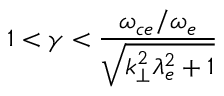
1 < \gamma < \frac { \omega _ { c e } / \omega _ { e } } { \sqrt { k _ { \perp } ^ { 2 } \lambda _ { e } ^ { 2 } + 1 } }